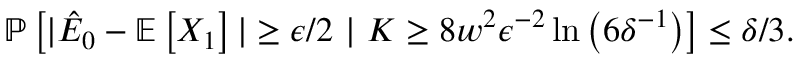
\begin{array} { r } { \mathbb { P } \left[ | \hat { E } _ { 0 } - \mathbb { E } \left[ X _ { 1 } \right] | \ge \epsilon / 2 ~ | ~ K \ge 8 w ^ { 2 } \epsilon ^ { - 2 } \ln \left( 6 \delta ^ { - 1 } \right) \right] \le \delta / 3 . } \end{array}